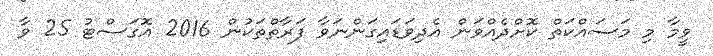
ވީމާ މި މަސައްކަތް ކޮށްދެއްވަން އެދިވަޑައިގަންނަވާ ފަރާތްތަކުން 2016 އޮގަސްޓު 25 ވާ